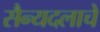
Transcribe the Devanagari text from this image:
सैन्यदलाचे